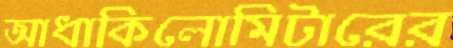
আধাকিলোমিটারের